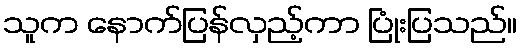
သူက နောက်ပြန်လှည့်ကာ ပြုံးပြသည်။